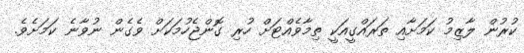
ކުރުން ލާޒިމު ކަމަށާއި ތަރައްގީއަކީ ތިމާވެއްޓަށް ހުރި ގޮންޖެހުމަކަށް ވެގެން ނުވާނެ ކަމަށެވެ.